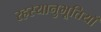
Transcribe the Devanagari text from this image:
रहस्यानुभूतियाँ